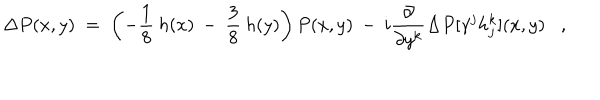
\Delta P ( x , y ) \; = \; \left( - \frac { 1 } { 8 } \: h ( x ) \: - \: \frac { 3 } { 8 } \: h ( y ) \right) P ( x , y ) \: - \: i \frac { \partial } { \partial y ^ { k } } \Delta P [ \gamma ^ { j } h _ { j } ^ { k } ] ( x , y ) ,